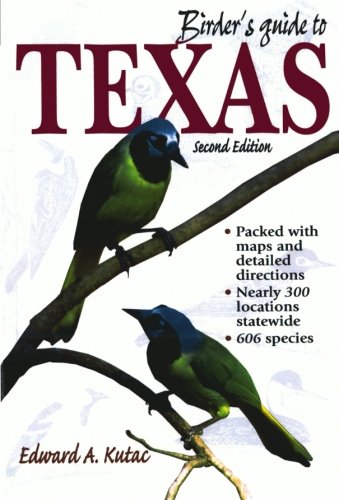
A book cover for Birder's Guide to Texas (Birder's Guides Series); Edward A. Kutac; Travel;